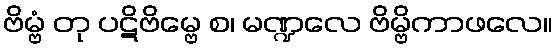
ဗိမ္ဗံ တု ပဋိဗိမ္ဗေ စ၊ မဏ္ဍလေ ဗိမ္ဗိကာဖလေ။